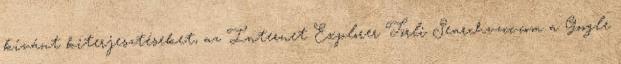
kívánt kiterjesztéseket, az Internet Explorer Törli Searchvzcc.com a Google